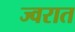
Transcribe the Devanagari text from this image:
ज्वरात